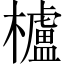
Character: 櫨